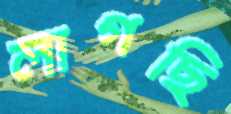
লাগছি